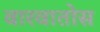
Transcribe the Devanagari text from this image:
वारवातोस